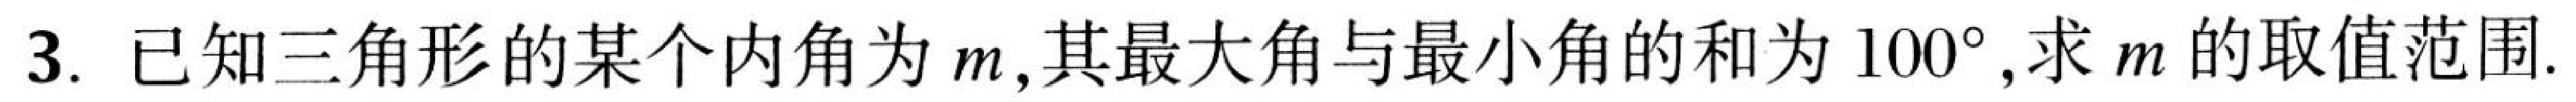
3. 已知三角形的某个内角为\(m\),其最大角与最小角的和为\(100^{\circ}\),求\(m\)的取值范围.